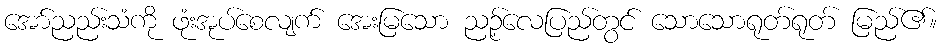
အော်ညည်းသံကို ဖုံးအုပ်စေလျက် အေးမြသော ညဉ့်လေပြည်တွင် သောသောရုတ်ရုတ် မြည်၏။